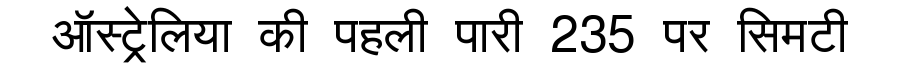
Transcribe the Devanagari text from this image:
ऑस्ट्रेलिया की पहली पारी 235 पर सिमटी